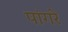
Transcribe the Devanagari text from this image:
पांगरे